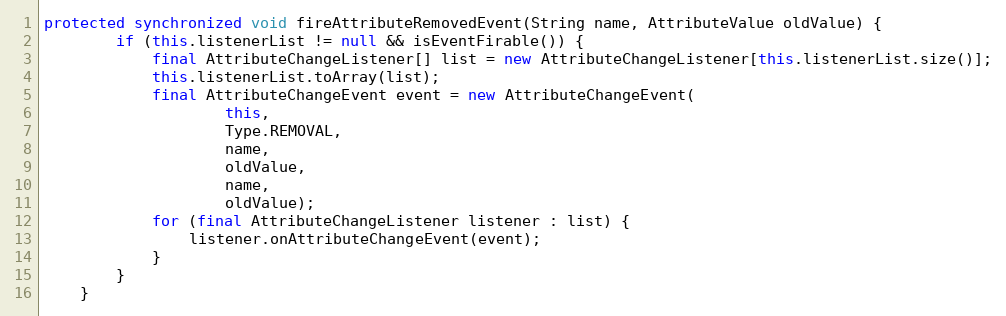
Language: Java
protected synchronized void fireAttributeRemovedEvent(String name, AttributeValue oldValue) {
		if (this.listenerList != null && isEventFirable()) {
			final AttributeChangeListener[] list = new AttributeChangeListener[this.listenerList.size()];
			this.listenerList.toArray(list);
			final AttributeChangeEvent event = new AttributeChangeEvent(
					this,
					Type.REMOVAL,
					name,
					oldValue,
					name,
					oldValue);
			for (final AttributeChangeListener listener : list) {
				listener.onAttributeChangeEvent(event);
			}
		}
	}